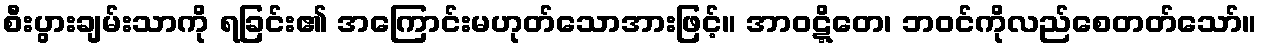
စီးပွားချမ်းသာကို ရခြင်း၏ အကြောင်းမဟုတ်သောအားဖြင့်။ အာဝဋ္ဋိတေ၊ ဘဝင်ကိုလည်စေတတ်သော်။